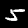
Label: 5